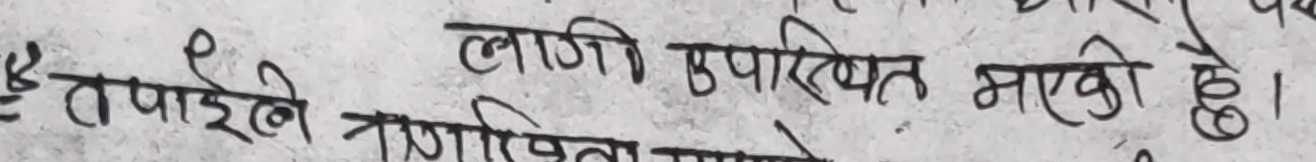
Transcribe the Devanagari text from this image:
हे तपाईले लागि उपस्थित भएको हो।